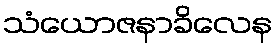
သံယောဇနာခိလေန